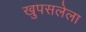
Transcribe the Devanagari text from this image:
खुपसलेला